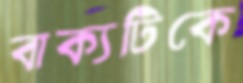
বাক্যটিকে